Report of the Imperial Institute of Veterinary Research, Muktesar
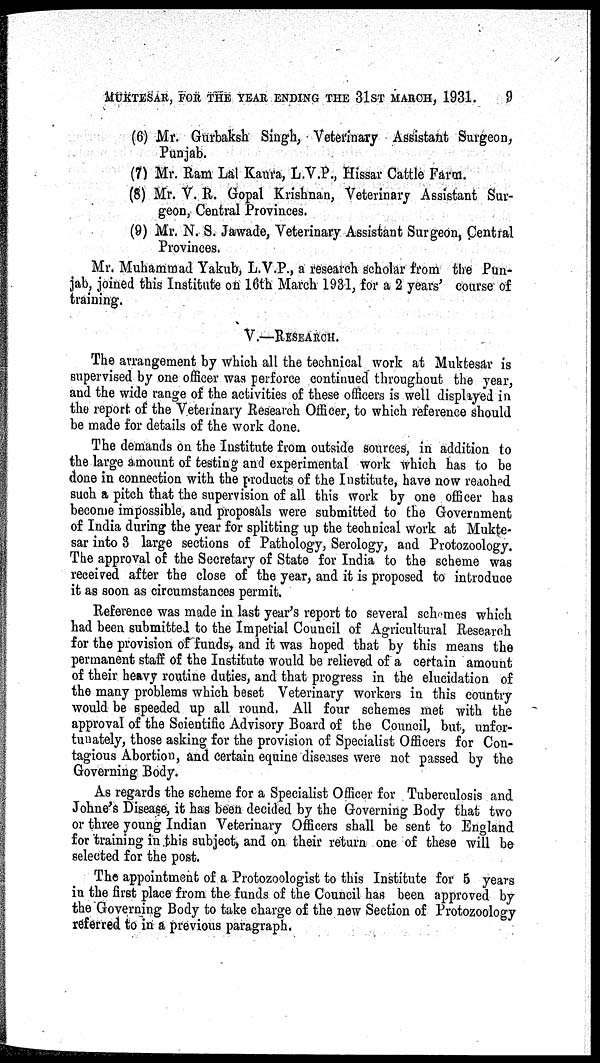
MUKTESAR, FOR THE YEAR ENDING THE 31ST MARCH, 1931.
9
(6) Mr. Gurbaksh Singh, Veterinary Assistant Surgeon,
Punjab.
(7) Mr. Ram Lal Kaura, L.V.P., Hissar Cattle Farm.
(8) Mr. V. R. Gopal Krishnan, Veterinary Assistant Sur-
geon, Central Provinces.
(9) Mr. N. S. Jawade, Veterinary Assistant Surgeon, Central
Provinces.
Mr. Muhammad Yakub, L.V.P., a research scholar from the Pun-
jab, joined this Institute on 16th March 1931, for a 2 years' course of
training.
V.—RESEARCH.
The arrangement by which all the technical work at Muktesar is
supervised by one officer was perforce continued throughout the year,
and the wide range of the activities of these officers is well displayed in
the report of the Veterinary Research Officer, to which reference should
be made for details of the work done.
The demands on the Institute from outside sources, in addition to
the large amount of testing and experimental work which has to be
done in connection with the products of the Institute, have now reached
such a pitch that the supervision of all this work by one officer has
become impossible, and proposals were submitted to the Government
of India during the year for splitting up the technical work at Mukte-
sar into 3 large sections of Pathology, Serology, and Protozoology.
The approval of the Secretary of State for India to the scheme was
received after the close of the year, and it is proposed to introduce
it as soon as circumstances permit.
Reference was made in last year's report to several schemes which
had been submitted to the Imperial Council of Agricultural Research
for the provision of funds, and it was hoped that by this means the
permanent staff of the Institute would be relieved of a certain amount
of their heavy routine duties, and that progress in the elucidation of
the many problems which beset Veterinary workers in this country
would be speeded up all round. All four schemes met with the
approval of the Scientific Advisory Board of the Council, but, unfor-
tunately, those asking for the provision of Specialist Officers for Con-
tagious Abortion, and certain equine diseases were not passed by the
Governing Body.
As regards the scheme for a Specialist Officer for Tuberculosis and
Johne's Disease, it has been decided by the Governing Body that two
or three young Indian Veterinary Officers shall be sent to England
for training in this subject, and on their return one of these will be
selected for the post.
The appointment of a Protozoologist to this Institute for 5 years
in the first place from the funds of the Council has been approved by
the Governing Body to take charge of the new Section of Protozoology
referred to in a previous paragraph.